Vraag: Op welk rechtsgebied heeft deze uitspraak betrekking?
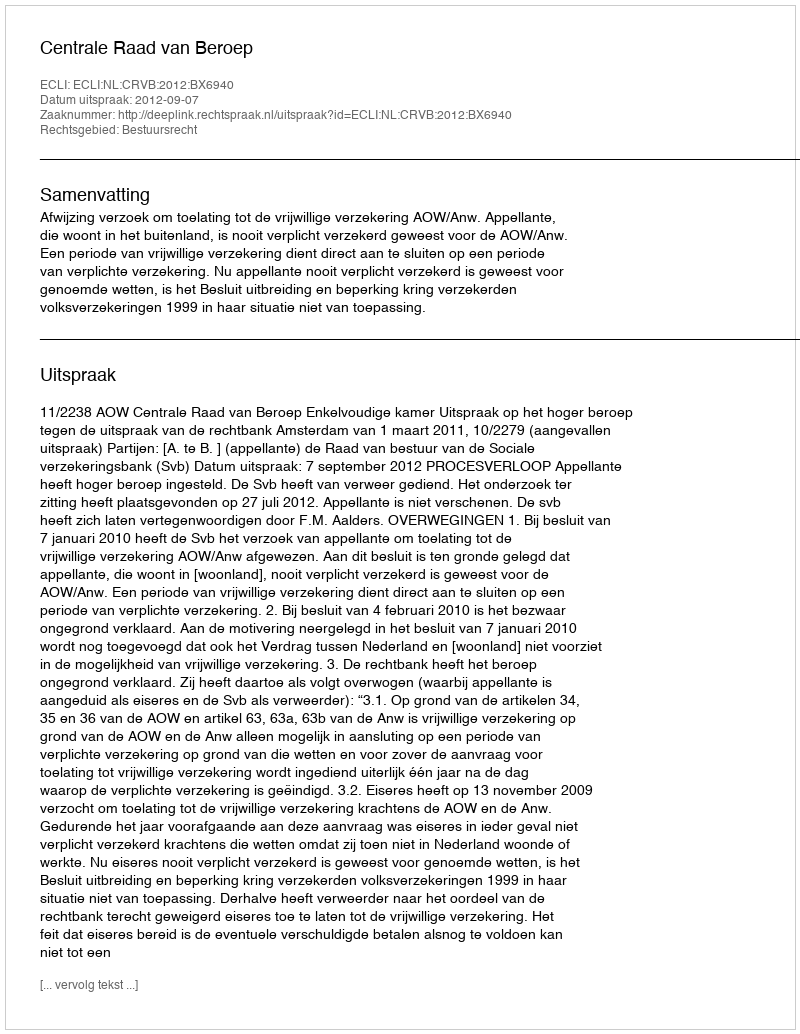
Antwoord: Bestuursrecht